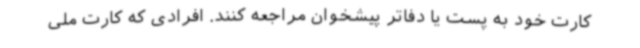
کارت خود به پست یا دفاتر پیشخوان مراجعه کنند. افرادی که کارت ملی